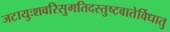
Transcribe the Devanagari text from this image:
जटायुःशवरिसुगतिदस्तुष्टवातेर्विधातु